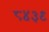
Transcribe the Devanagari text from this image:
८४३९